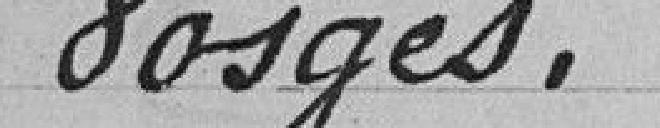
Vosges